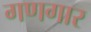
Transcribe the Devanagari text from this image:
गणगार